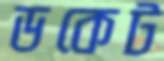
ডকেট